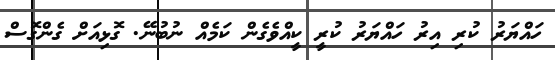
ހައްޔަރު ކުރި އިރު ހައްޔަރު ކުރީ ކީއްވެގެން ކަމެއް ނުބުނޭ. ގޮޅިއަށް ގެންގޮސް